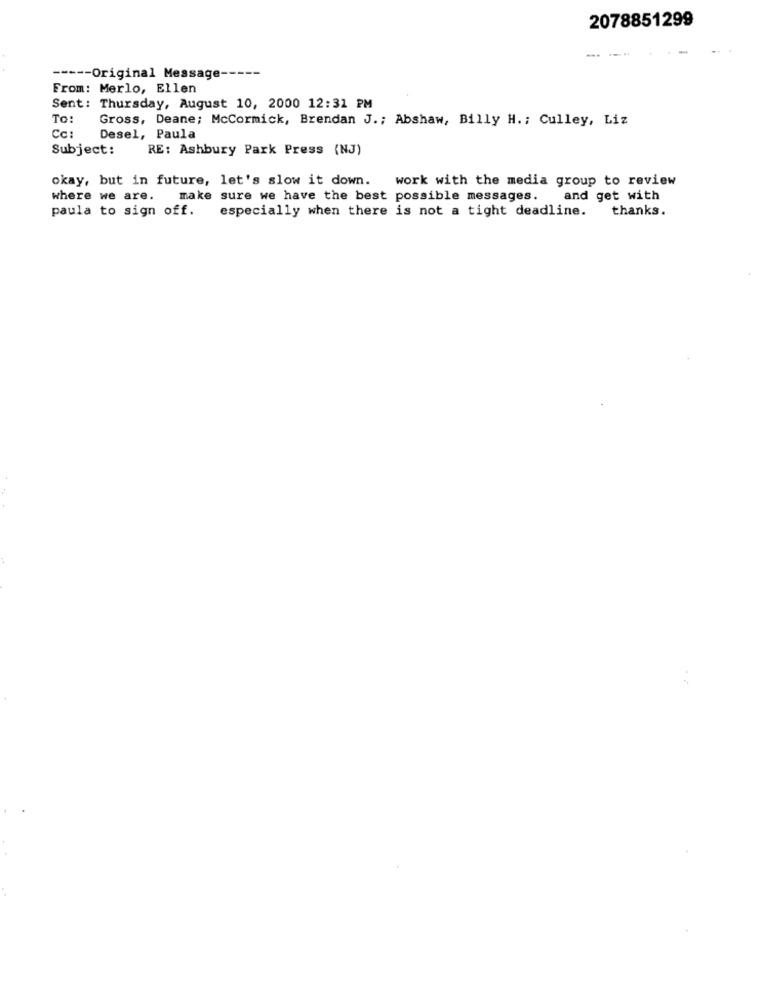
2078851299
-.
----- Original Message
From: Merlo, Ellen
Sent: Thursday, August 10, 2000 12:31 PM
To:
Gross, Deane; McCormick, Brendan J .; Abshaw, Billy H .; Culley, Liz
Desel, Paula
Subject:
RE: Ashbury Park Press (NJ)
okay, but in future, let's slow it down.
work with the media group to review
where we are.
. make sure we have the best possible messages.
and get with
paula to sign off.
especially when there is not a tight deadline.
thanks.